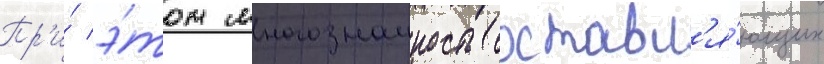
Пр'и́ э́том многозначность составл'я́ющих